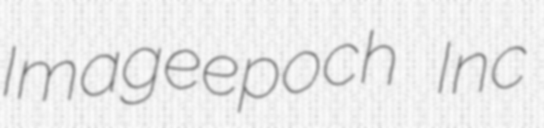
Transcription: Imageepoch Inc